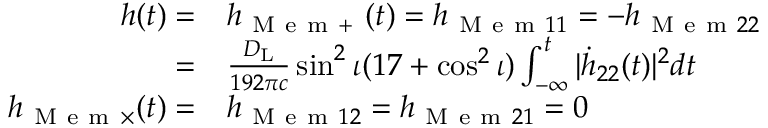
\begin{array} { r l } { h ( t ) = } & { { } h _ { \mathrm { ~ M ~ e ~ m ~ + ~ } } ( t ) = h _ { \mathrm { ~ M ~ e ~ m ~ } 1 1 } = - h _ { \mathrm { ~ M ~ e ~ m ~ } 2 2 } } \\ { = } & { { } \frac { D _ { \mathrm { { L } } } } { 1 9 2 \pi c } \sin ^ { 2 } \iota ( 1 7 + \cos ^ { 2 } \iota ) \int _ { - \infty } ^ { t } \vert \dot { h } _ { 2 2 } ( t ) \vert ^ { 2 } d t } \\ { h _ { \mathrm { ~ M ~ e ~ m ~ } \times } ( t ) = } & { { } h _ { \mathrm { ~ M ~ e ~ m ~ } 1 2 } = h _ { \mathrm { ~ M ~ e ~ m ~ } 2 1 } = 0 } \end{array}